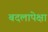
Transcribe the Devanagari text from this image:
बदलापेक्षा